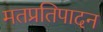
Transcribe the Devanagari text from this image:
मतप्रतिपादन